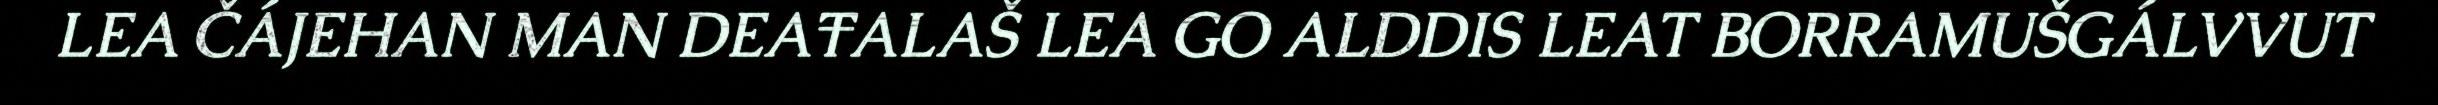
LEA ČÁJEHAN MAN DEAŦALAŠ LEA GO ALDDIS LEAT BORRAMUŠGÁLVVUT